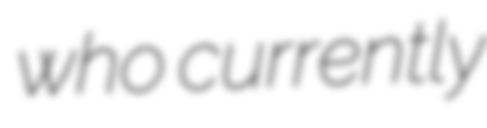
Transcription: who currently